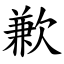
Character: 歉